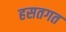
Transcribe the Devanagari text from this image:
हसतगत